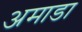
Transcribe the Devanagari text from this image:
अमाडा